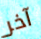
آخر